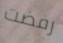
رفضت